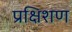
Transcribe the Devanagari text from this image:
प्रक्षिशण